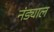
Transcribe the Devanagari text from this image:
नंड्याल